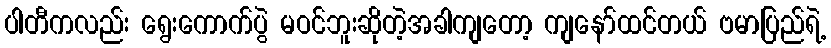
ပါတီကလည်း ရွေးကောက်ပွဲ မဝင်ဘူးဆိုတဲ့အခါကျတော့ ကျနော်ထင်တယ် ဗမာပြည်ရဲ့